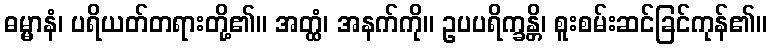
ဓမ္မာနံ၊ ပရိယတ်တရားတို့၏။ အတ္ထံ၊ အနက်ကို။ ဥပပရိက္ခန္တိ၊ စူးစမ်းဆင်ခြင်ကုန်၏။